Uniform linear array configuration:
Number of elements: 64
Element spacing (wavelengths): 0.75
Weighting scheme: binomial
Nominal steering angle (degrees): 15
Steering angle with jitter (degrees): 16.607
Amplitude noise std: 0.05
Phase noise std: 0.05

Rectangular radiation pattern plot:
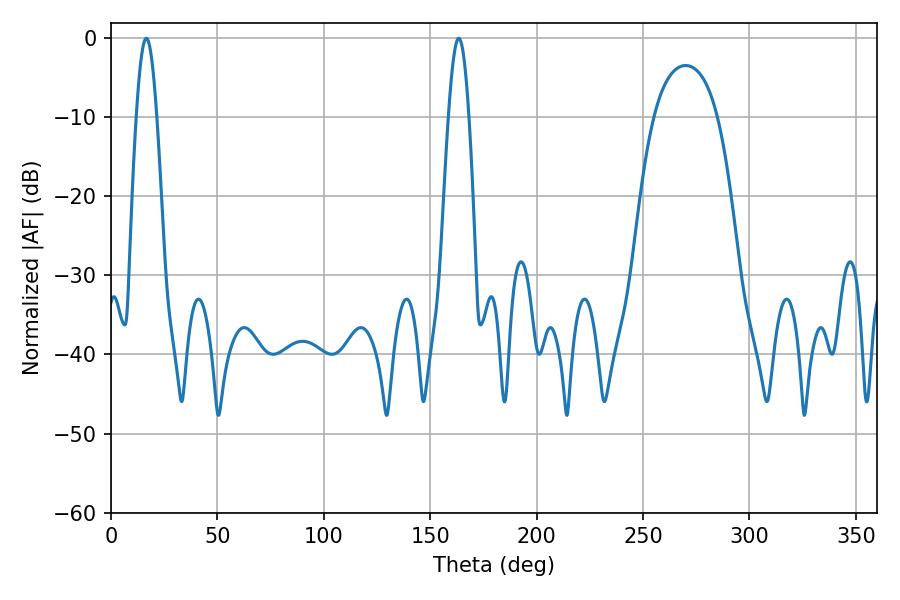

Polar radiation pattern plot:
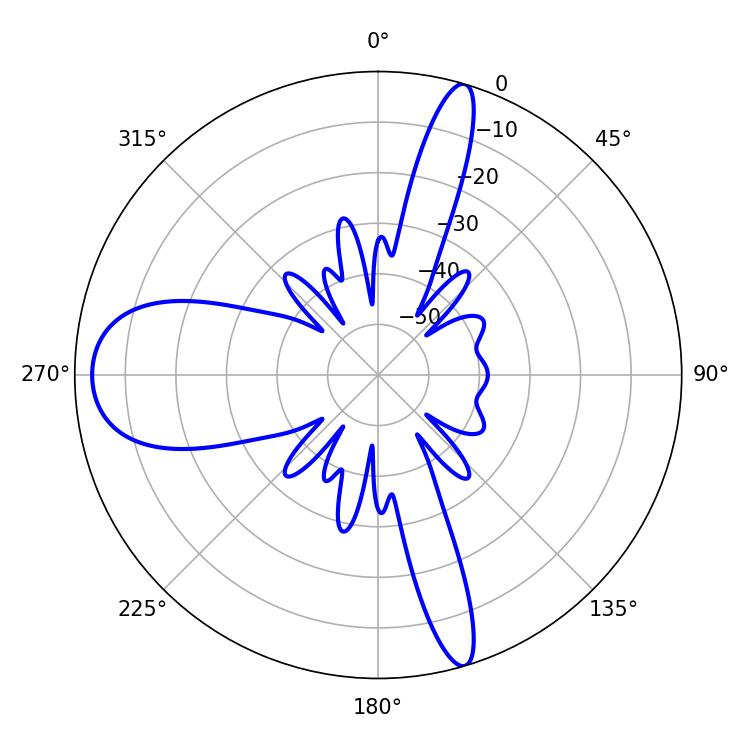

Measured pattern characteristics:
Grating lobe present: TRUE
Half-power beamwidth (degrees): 5.22
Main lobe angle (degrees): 16.56